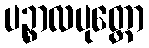
ပဉ္စာလပုတ္တော